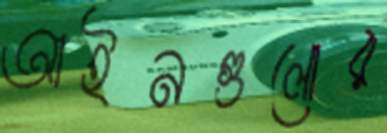
আইনগুলোর